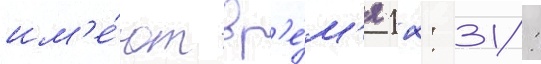
им'е́ют вр'е́м'я 12: 31: